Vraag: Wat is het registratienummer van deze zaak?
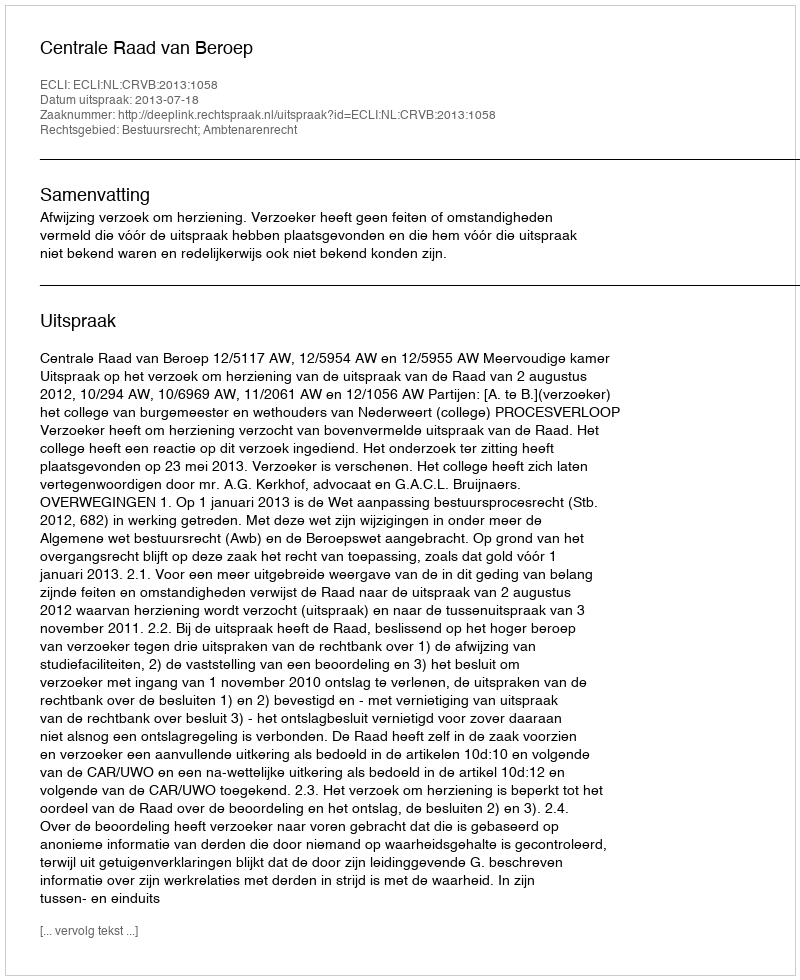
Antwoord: http://deeplink.rechtspraak.nl/uitspraak?id=ECLI:NL:CRVB:2013:1058